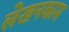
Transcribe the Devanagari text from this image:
लेखनकाम